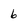
Character: 6